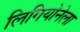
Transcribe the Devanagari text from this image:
लिगियोनेला